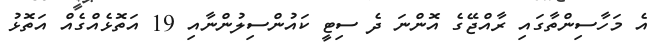
އެ މަހާސިންތާގައި ރާއްޖޭގެ އޮންނަ ދެ ސިޓީ ކައުންސިލުންނާއި 19 އަތޮޅެއްގެއް އަތޮޅު